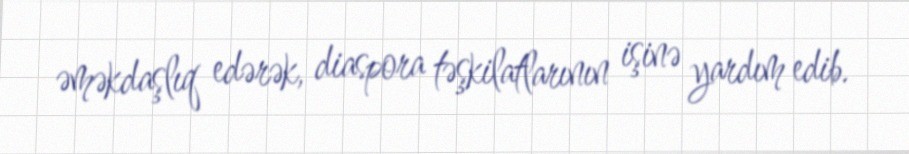
əməkdaşlıq edərək, diaspora təşkilatlarının işinə yardım edib.